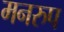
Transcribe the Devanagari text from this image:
मनरुप